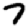
Digit: 7